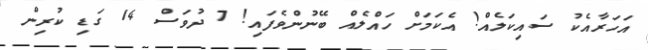
އަހަރާއެކު ސައިކަލެއް! އެކަމަށް ހައްލެއް ބޭނުންވެފައި! 7 ދުވަސް 14 ގަޑި ކުރިން